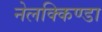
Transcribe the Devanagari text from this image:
नेलक्किण्डा